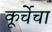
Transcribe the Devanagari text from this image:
कूर्चेचा